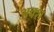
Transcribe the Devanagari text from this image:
अक्श